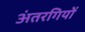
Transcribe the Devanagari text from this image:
अंतरगियों